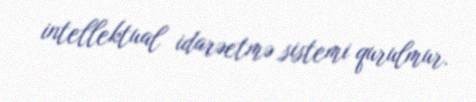
intellektual idarəetmə sistemi qurulmur.